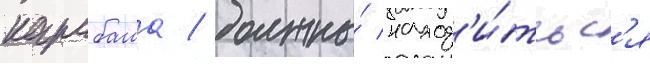
карабаша / должны́ наход'и́тьс'я